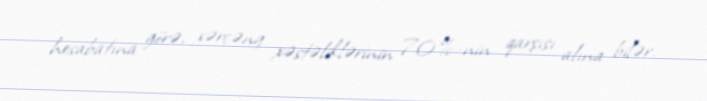
hesabatına görə, xərçəng xəstəliklərinin 70%-nin qarşısı alına bilər.